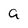
Character: a